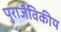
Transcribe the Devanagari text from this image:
पुराजैविकीय